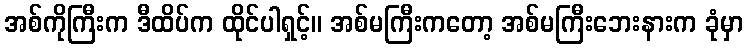
အစ်ကိုကြီးက ဒီထိပ်က ထိုင်ပါရှင့်။ အစ်မကြီးကတော့ အစ်မကြီးဘေးနားက ခုံမှာ